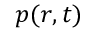
p ( r , t )